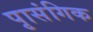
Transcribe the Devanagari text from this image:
पृासंगिक